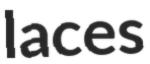
laces